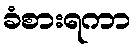
ခံစားရကာ